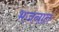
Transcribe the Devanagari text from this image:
भजनात